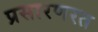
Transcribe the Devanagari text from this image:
प्रसारणरत